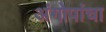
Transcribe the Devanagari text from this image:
अंगोपांचा